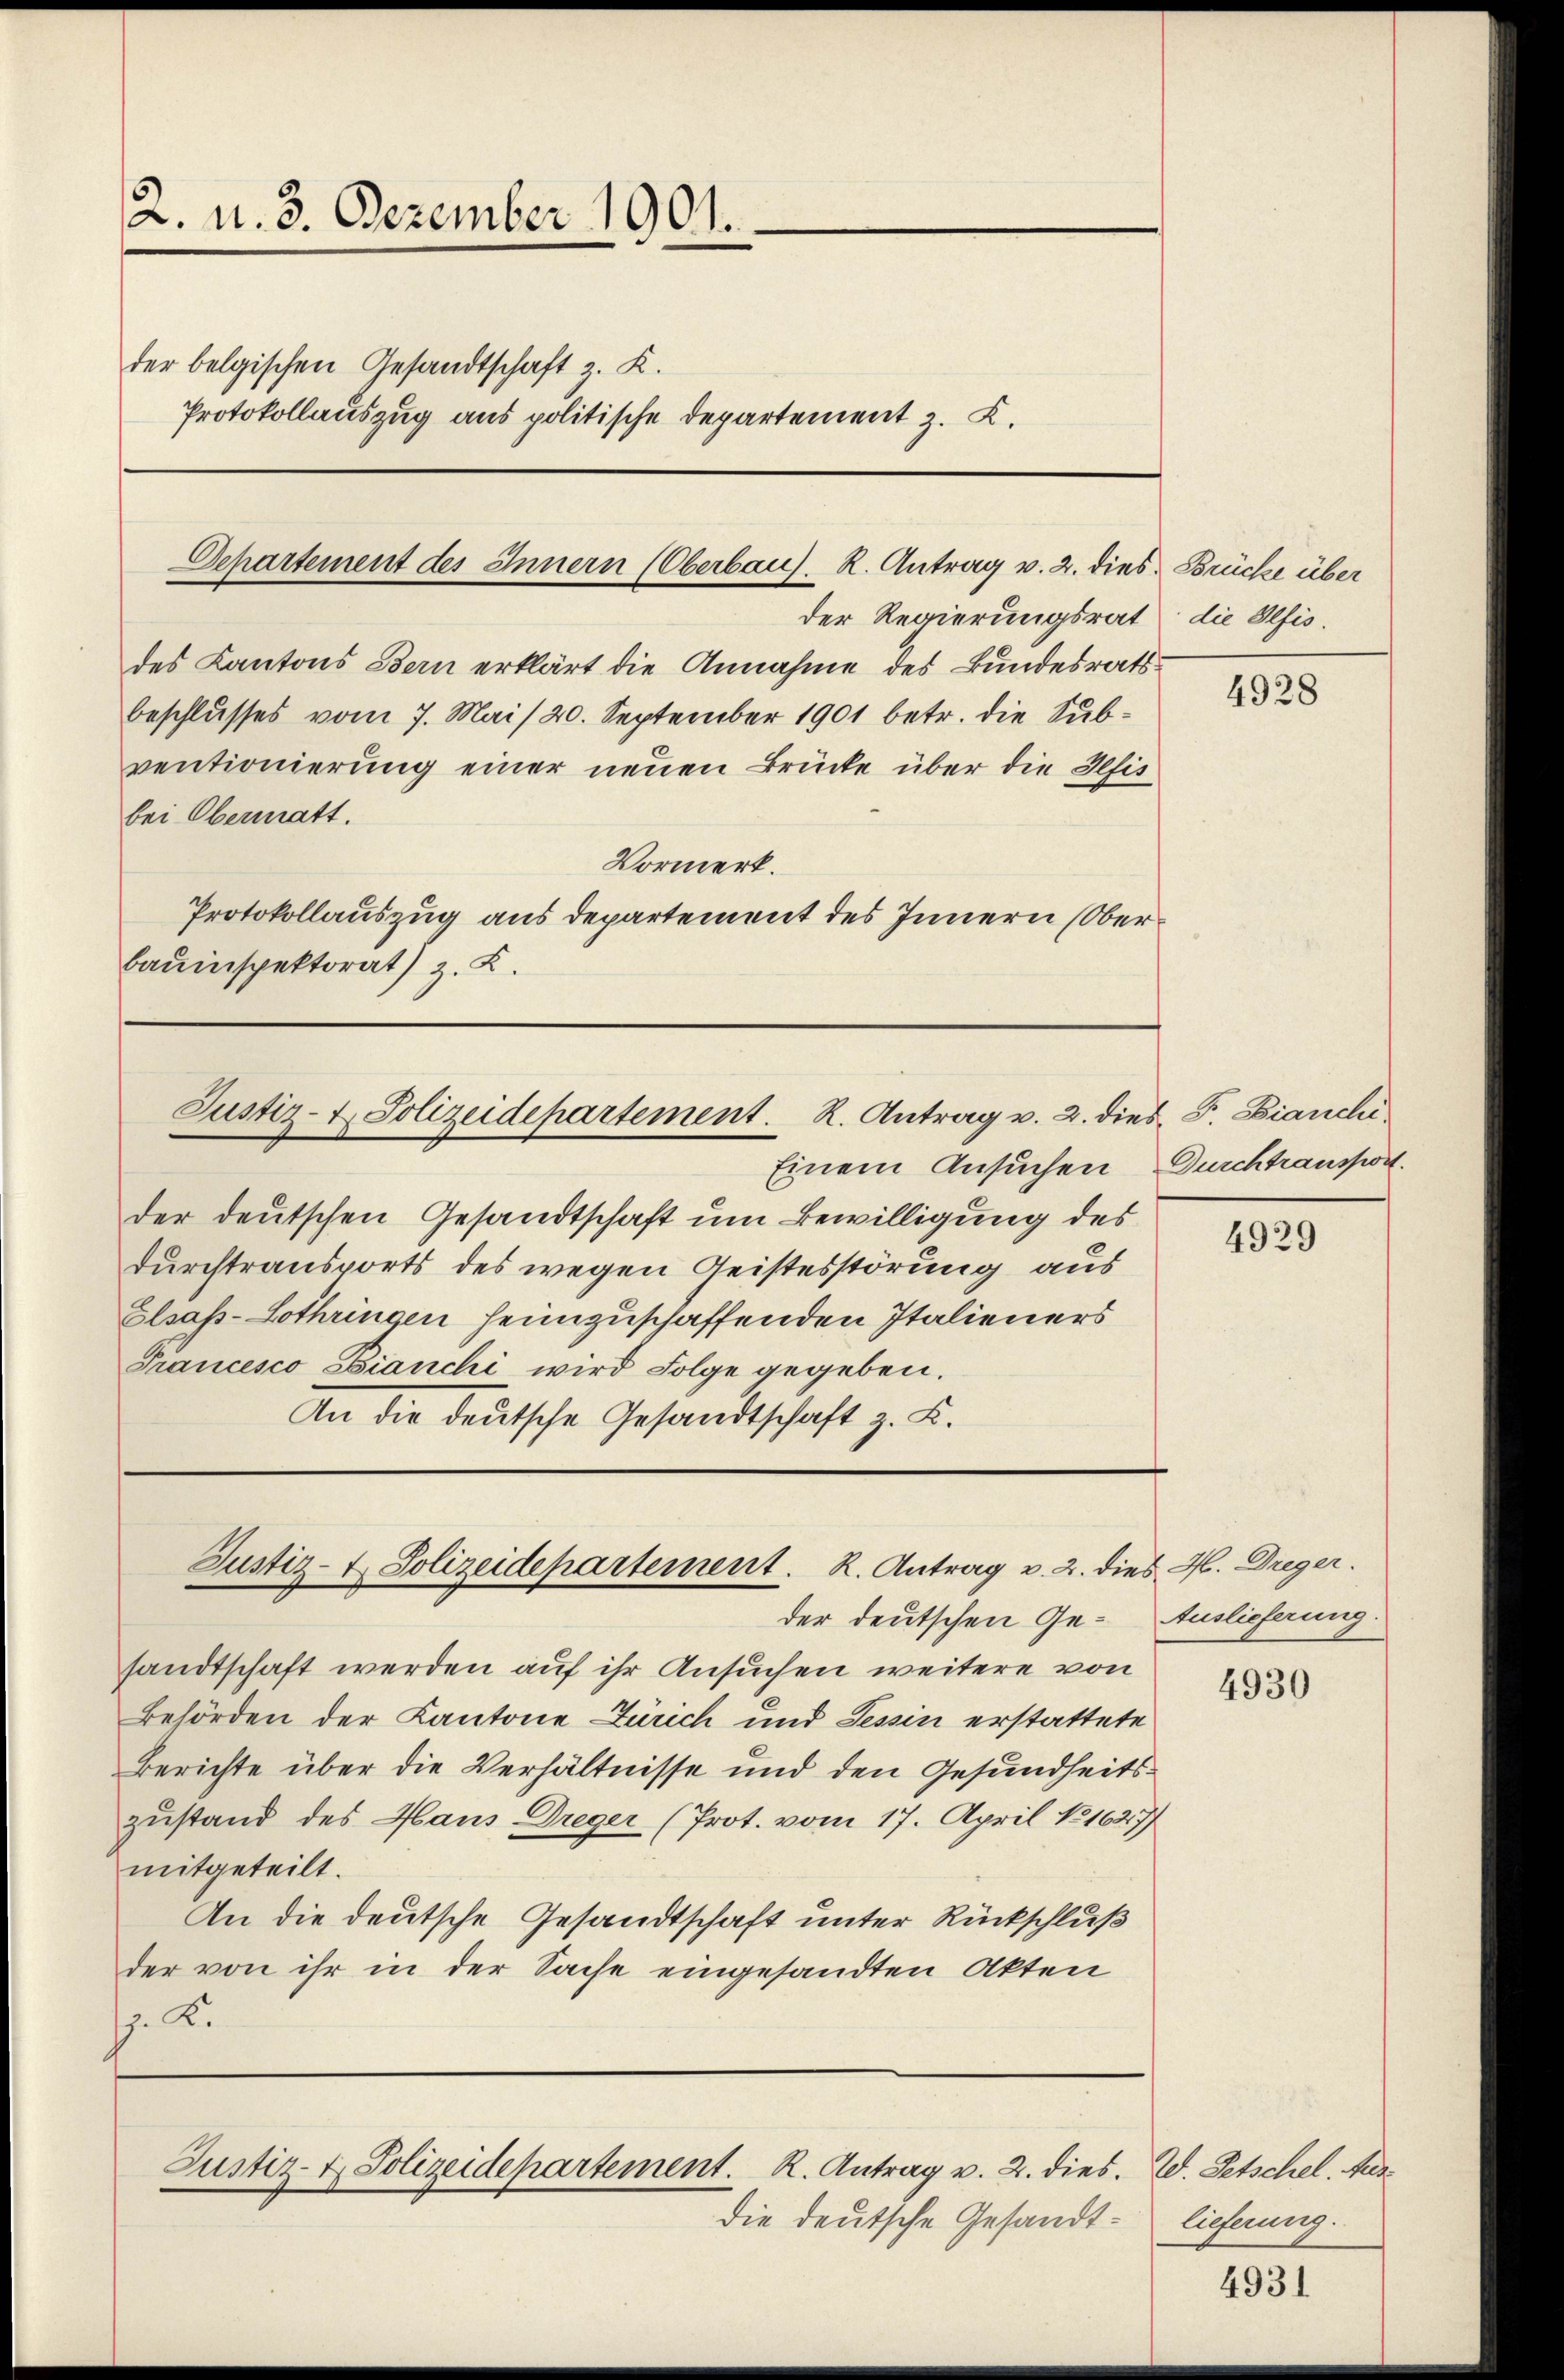
2. d. 3. Dezember 1901.

des Kantons Bern erklärt die Annahme des Bundesratsbeschlusses vom 7. Mai /20. September 1901 betr. die Subventionierung einer neuen Brücke über die Gefis
bei Obermatt.
Vormerk.
Protokollauszug aus departement des Innern (Oberbauinspektorat) z. B.

Departement des Innern (Oberbau). R. Antrag v. 2. dies Brücke über

Justiz- & Polizeidepartement. R. Antrag v. 2. dies F. Bianchi

der deutschen Gesandtschaft um Bewilligung des
durchtransports des wegen Geistesstörung aus
Elsass-Lothringen heimzuschaffenden Italieners
Francesco Bianchi wird Folge gegeben.
An die deutsche Gesandtschaft z. K.

Justiz- & Polizeidepartement. R. Antrag v. 2. dies H. Dreger.

der belgischen Gesandtschaft z. K.
Protokollauszug aus politische Departement z. K.

der Regierungsrat die Pfis.

sandtschaft werden auf ihr Ansuchen weitere von
Behörden der Kantone Zürich und Tessin erstattete
Berichte über die Verhältnisse und den Gesundheitszustand des Haus Dreger (Prot. vom 17. April No 1627)
mitgeteilt.
An die deutsche Gesandtschaft unter Rückschluß
der von ihr in der Sache eingesandten Akten
s. S.

Justiz- & Polizeidepartement. K. Antrag v. 2. dies

Einem Ansuchen

der deutschen Ge¬

die deutsche Gesandt¬

4928

Durchtransport

4929

Auslieferung.

4930

W. Petschel. Mer
lieferung.

4931